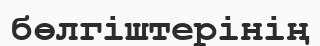
бөлгіштерінің